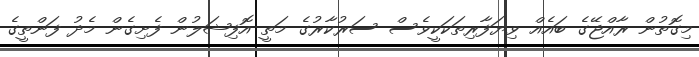
މިގޮތުން ރާއްޖޭގެ ބައެއް ވިޔަފާރިތަކަކީވެސް ސަރުކާރުގެ މަތީ އޮފިޝަލުން ފެށިގެން މެދު ފަންތީގެ